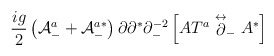
\begin{align*}\frac{ig}{2} \left( {\cal A}^a_- + {\cal A}^{a*}_-\right)\partial\partial^* \partial^{-2}_-\left[AT^a\stackrel{\leftrightarrow}{\partial}_- A^* \right]\end{align*}